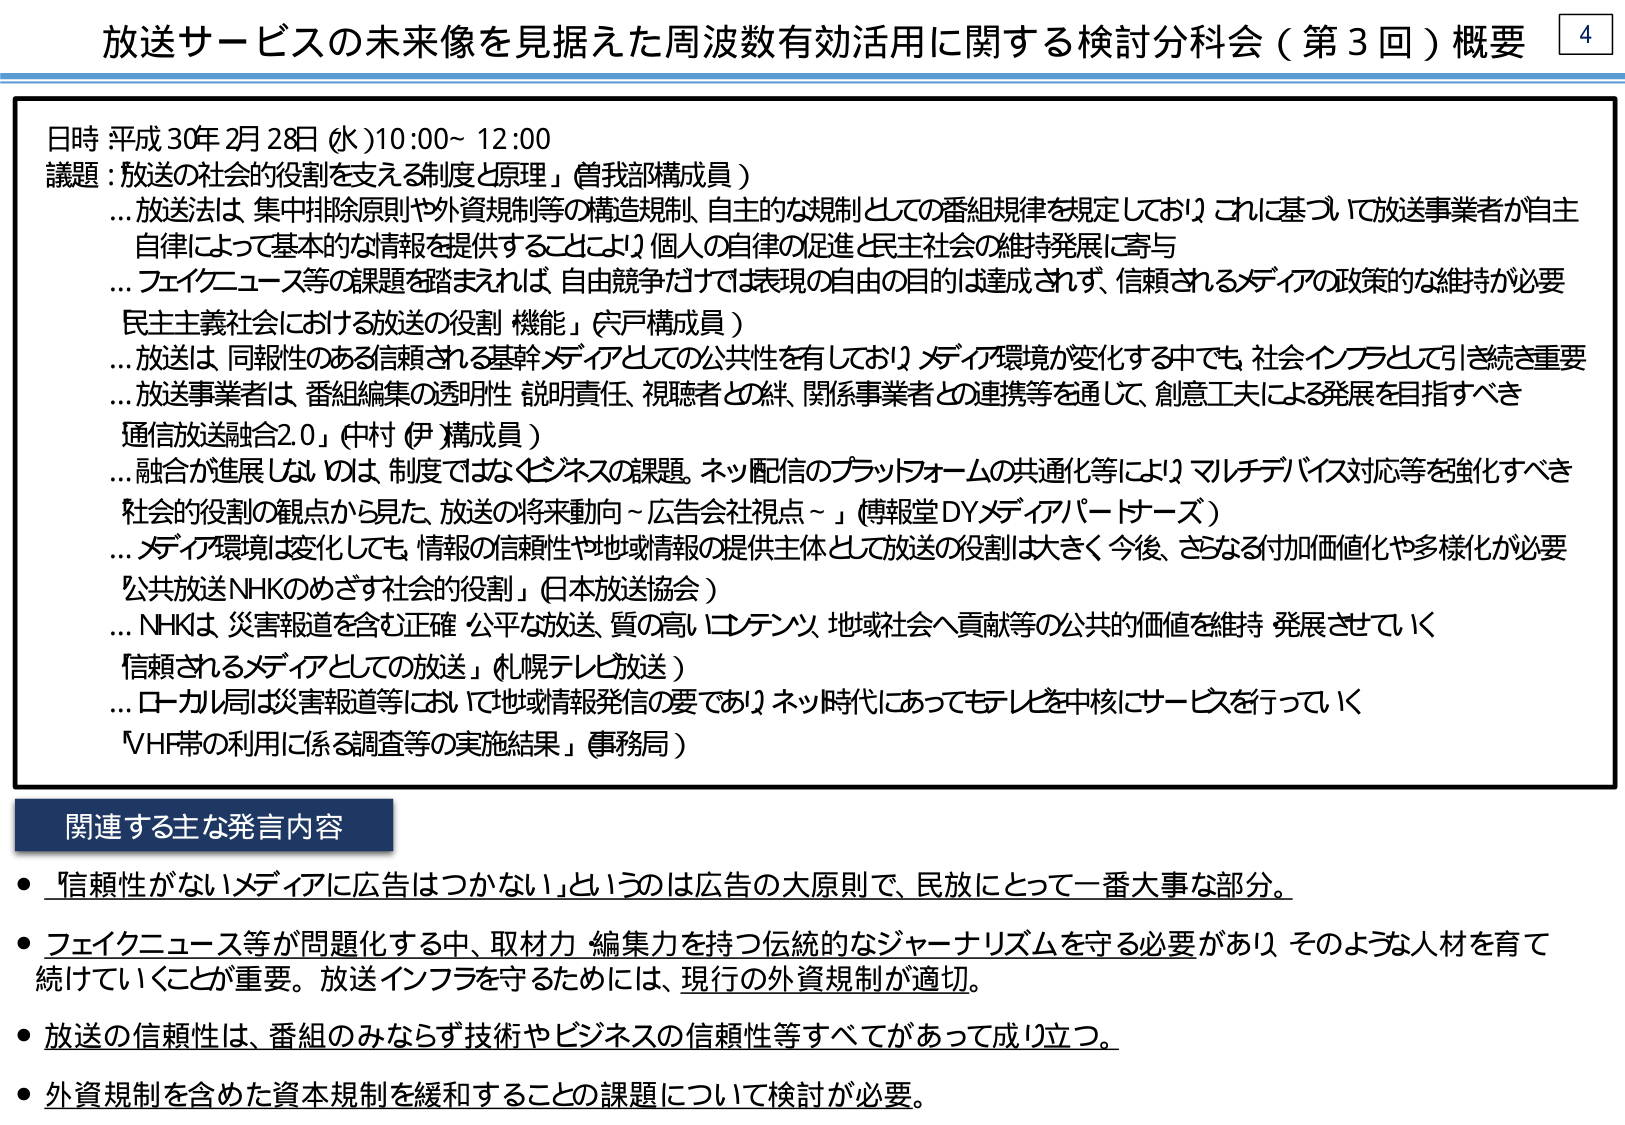
放送サービスの未来像を見据えた周波数有効活用に関する検討分科会（第3回）概要

日時 平成30年2月28日（水）10:00～12:00
議題：「放送の社会的役割を支える制度と原理」（曽我部構成員）
…放送法は 集中排除原則や外資規制等の構造規制、自主的な規制としての番組規律を規定しており、これに基づいて放送事業者が自主自律によって基本的な情報を提供することにより、個人の自律の促進と民主社会の維持発展に寄与
…フェイクニュース等の課題を踏まえれば、自由競争だけでは表現の自由の目的は達成されず、信頼されるメディアの政策的な維持が必要

「民主主義社会における放送の役割・機能」（宍戸構成員）
…放送は 同報性のある信頼される基幹メディアとしての公共性を有しており、メディア環境が変化する中でも、社会インフラとして引き続き重要
…放送事業者は、番組編集の透明性・説明責任、視聴者との絆、関係事業者との連携等を通じて、創意工夫による発展を目指すべき

「通信放送融合2.0」（中村（伊）構成員）
…融合が進展しないのは、制度ではなくビジネスの課題。ネット配信のプラットフォームの共通化等により、マルチデバイス対応等を強化すべき

「社会的役割の観点から見た、放送の将来動向～広告会社視点～」（博報堂DYメディアパートナーズ）
…メディア環境は変化しても、情報の信頼性や地域情報の提供主体として放送の役割は大きく、今後、さらなる付加価値化や多様化が必要

「公共放送NHKのめざす社会的役割」（日本放送協会）
…NHKは、災害報道を含む正確・公平な放送、質の高いコンテンツ、地域社会へ貢献等の公共的価値を維持・発展させていく

「信頼されるメディアとしての放送」（札幌テレビ放送）
…ローカル局は災害報道等において地域情報発信の要であり、ネット時代にあってもテレビを中核にサービスを行っていく

「VHF帯の利用に係る調査等の実施結果」（事務局）

関連する主な発言内容
・「信頼性がないメディアに広告はつかない」というのは広告の大原則で、民放にとって一番大事な部分。
・フェイクニュース等が問題化する中、取材力・編集力を持つ伝統的なジャーナリズムを守る必要があり、そのような人材を育て続けていくことが重要。放送インフラを守るためには、現行の外資規制が適切。
・放送の信頼性は、番組のみならず技術やビジネスの信頼性等すべてがあって成立つ。
・外資規制を含めた資本規制を緩和することの課題について検討が必要。